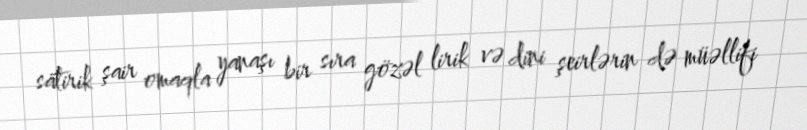
satirik şair omaqla yanaşı bir sıra gözəl lirik və dini şeirlərin də müəllifi